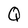
Character: Q